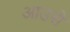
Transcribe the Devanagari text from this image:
आउसे